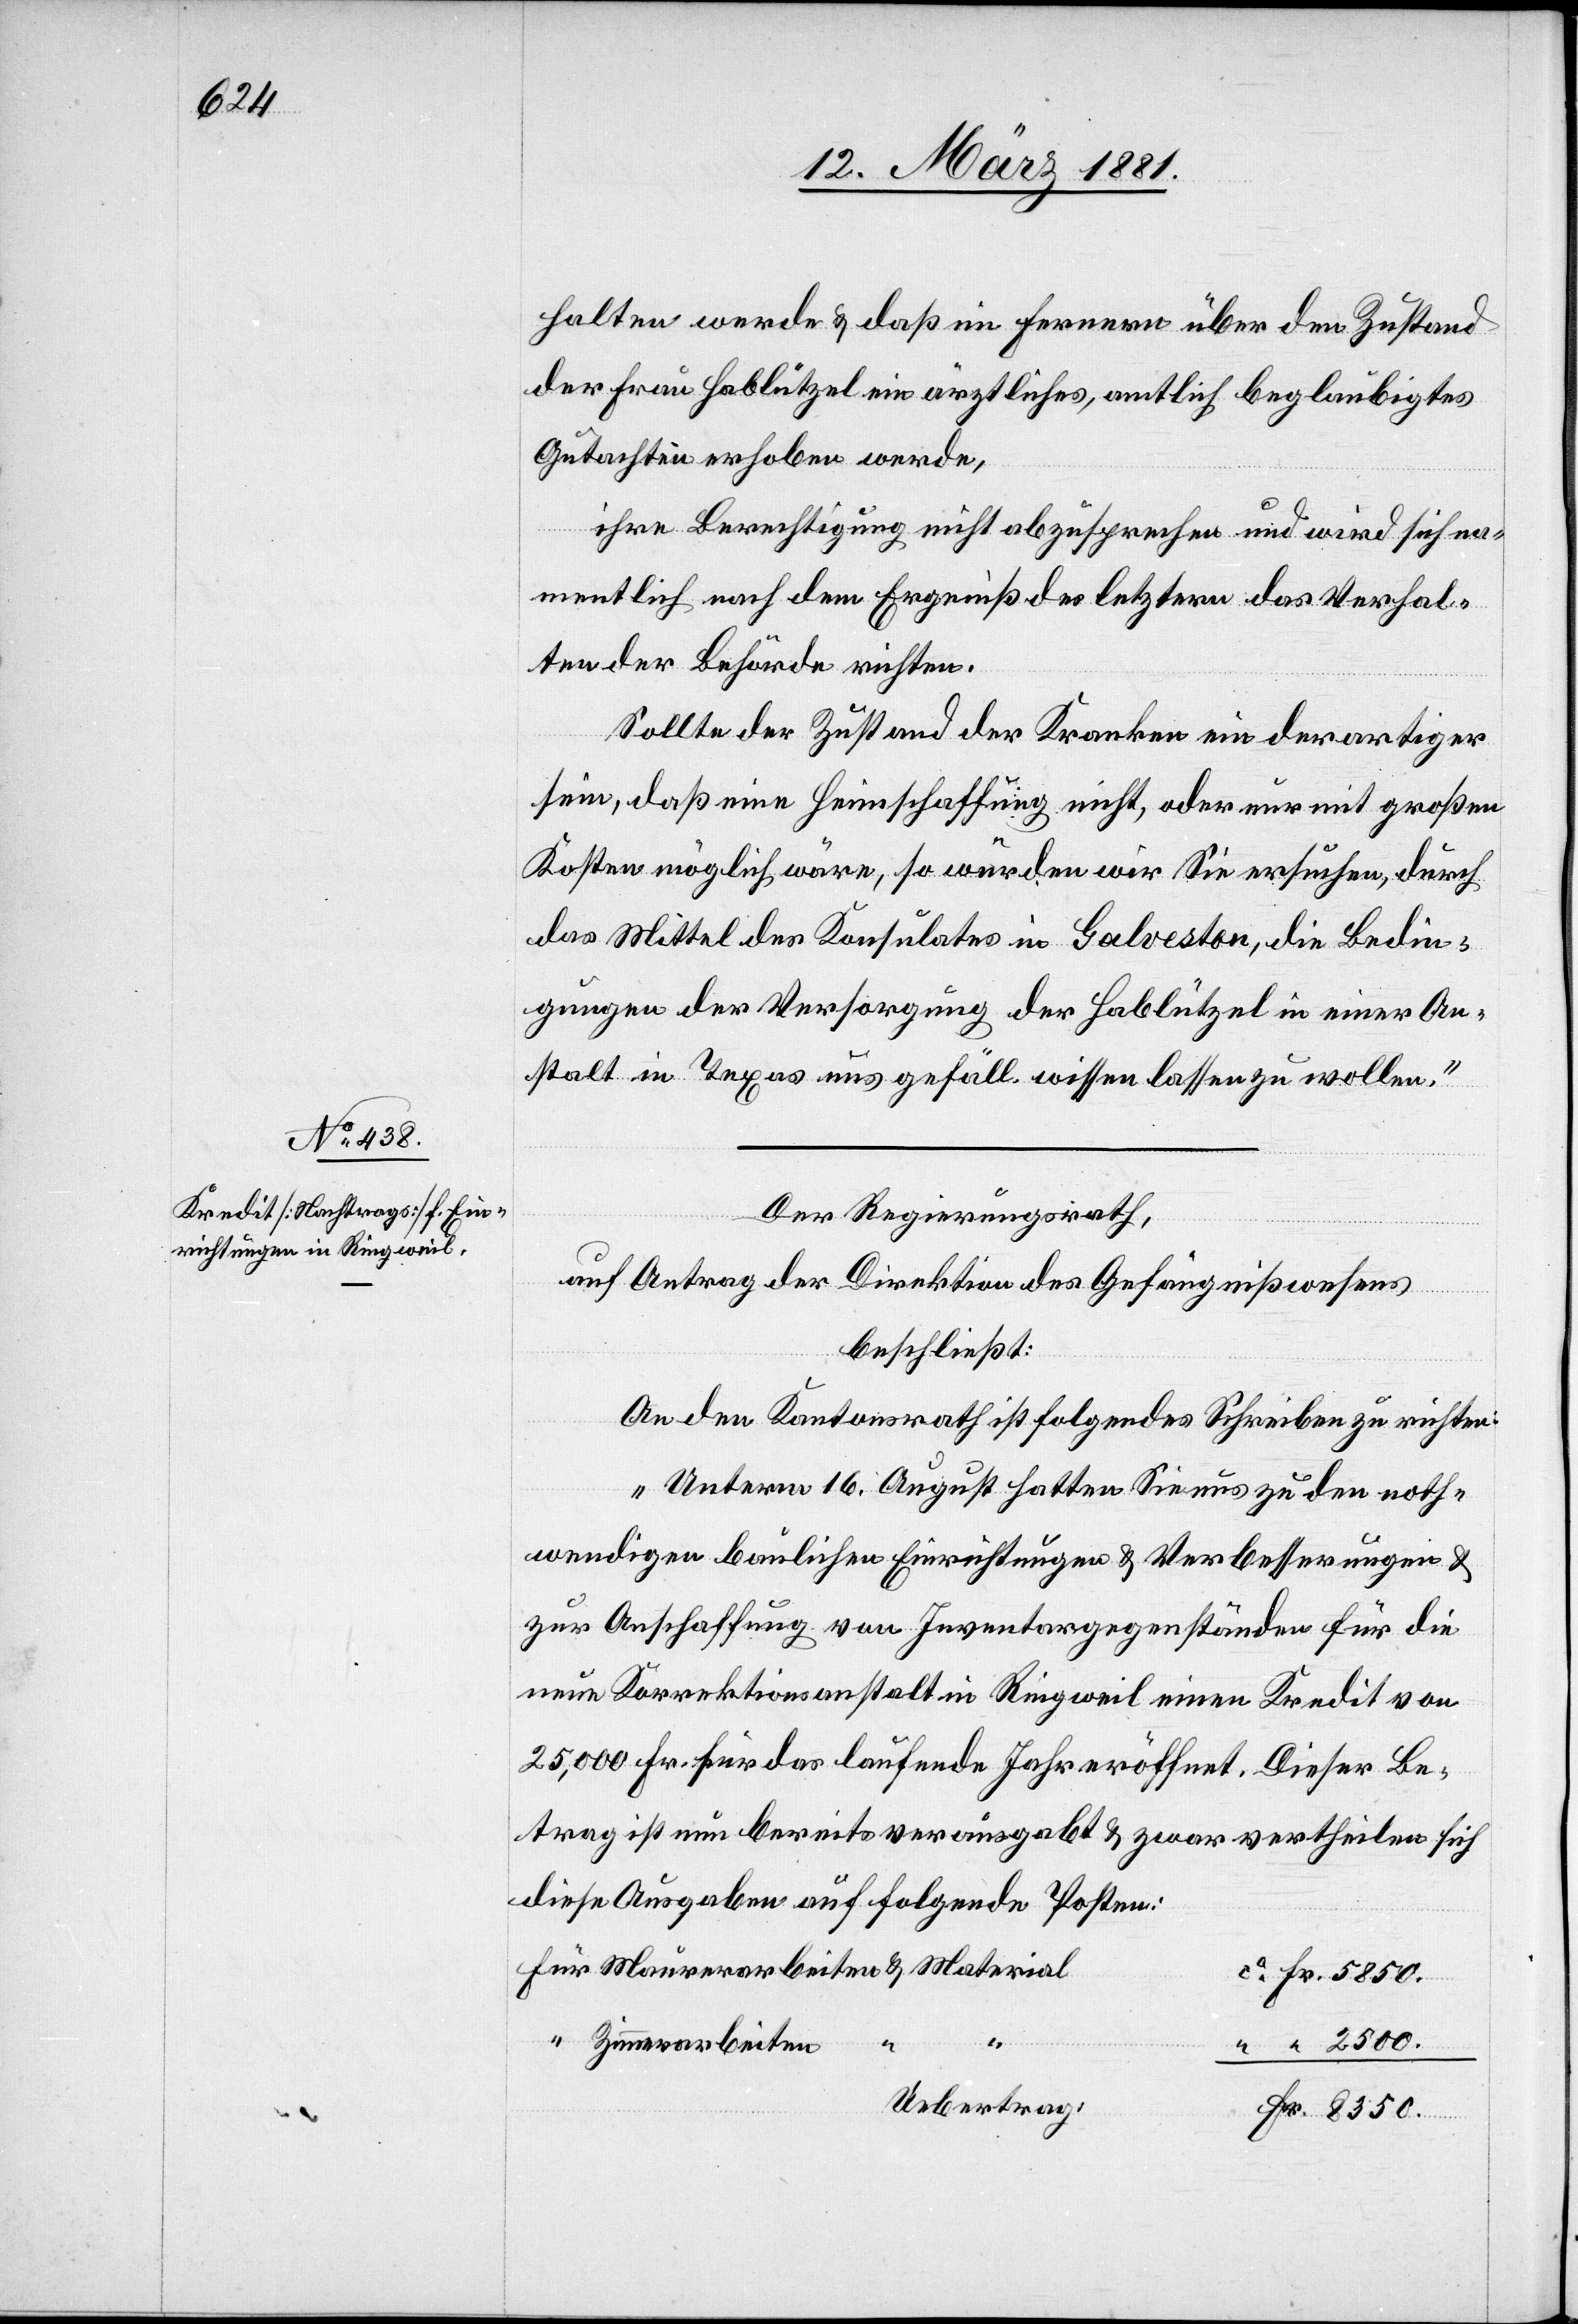
halten werde & daß im Fernern über den Zustand
der Frau Hablützel ein ärztliches, amtlich beglaubigtes
Gutachten erhoben werde,
ihre Berechtigung nicht abzusprechen und wird sich na¬
mentlich nach dem Ergebniß des letztern das Verhal¬
ten der Behörde richten.
Sollte der Zustand der Kranken ein derartiger
sein, daß eine Heimschaffung nicht, oder nur mit großen
Kosten möglich wäre, so würden wir Sie ersuchen, durch
das Mittel des Konsulates in Galveston, die Bedin¬
gungen der Versorgung der Hablützel in einer An¬
stalt in Texas uns gefäll. wissen lassen zu wollen.“
Der Regierungsrath,
auf Antrag der Direktion des Gefängnißwesens
beschließt:
An den Kantonsrath ist folgendes Schreiben zu richten:
„Unterm 16. August hatten Sie uns zu den noth¬
wendigen baulichen Einrichtungen & Verbesserungen &
zur Anschaffung von Inventargegenständen für die
neue Korrektionsanstalt in Ringweil einen Kredit von
25,000 Fr. für das laufende Jahr eröffnet. Dieser Be¬
trag ist nun bereits verausgabt & zwar vertheilen sich
diese Ausgaben auf folgende Posten:
Fr.
“
Zimmerarbeiten